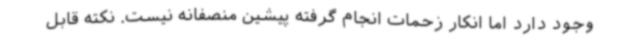
وجود دارد اما انکار زحمات انجام گرفته پیشین منصفانه نیست. نکته قابل